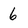
Character: 6